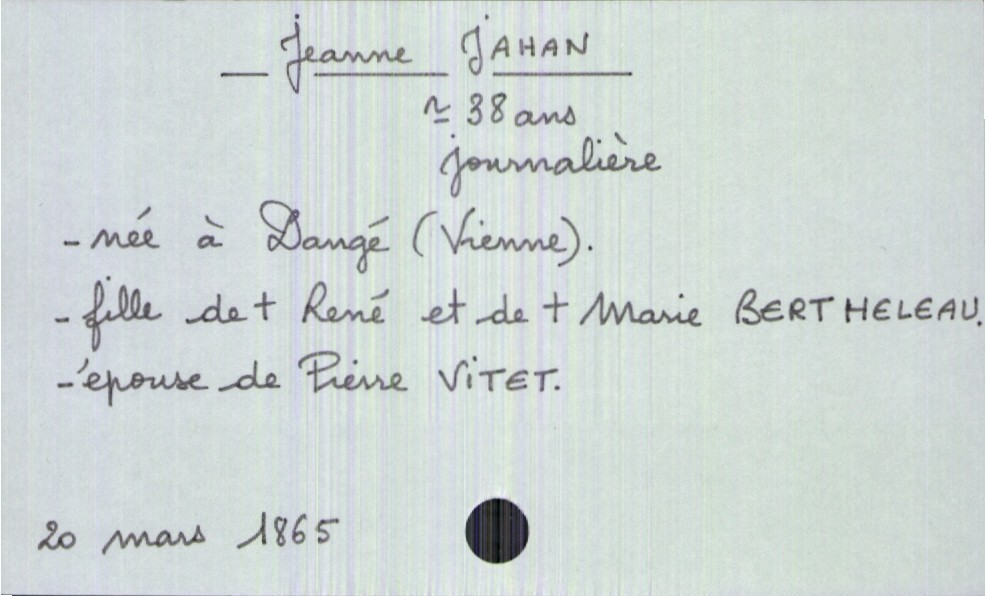
type_acte: Décès
année: 1865
mois: mars
jour: 20
défunt_nom: Jahan
défunt_prénom: Jeanne
défunt_sexe: F
défunt_âge: 38 ans
défunt_profession: journalière
défunt_lieu_de_naissance: Dangé (Vienne)
défunt_statut: marié(e)
père_défunt_nom: Jahan
père_défunt_prénom: René
père_défunt_statut: décédé
mère_défunt_nom: Bertheleau
mère_défunt_prénom: Marie
mère_défunt_statut: décédée